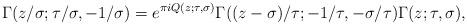
LaTeX: \begin{align*} \Gamma(z/\sigma; \tau/\sigma, -1/\sigma) = e^{\pi i Q(z; \tau, \sigma)} \Gamma((z - \sigma)/\tau; -1/\tau, -\sigma/\tau) \Gamma(z; \tau, \sigma),\end{align*}